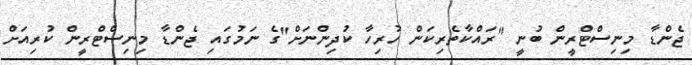
ޖެންޑާ މިނިސްޓްރީން ބުނީ "ރައްކާތެރިކަން ހުރިހާ ކުދިންނަށް"ގެ ނަމުގައި ޖެންޑާ މިނިސްޓްރީން ކުރިއަށް